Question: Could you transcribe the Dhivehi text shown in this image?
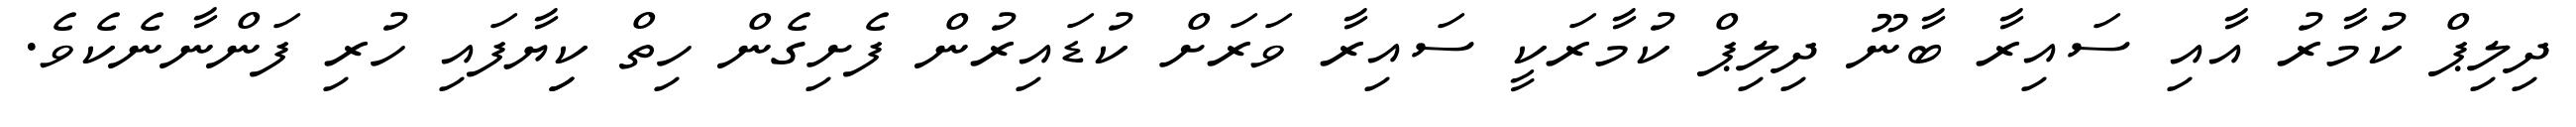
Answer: ދިލިޕް ކުމާރު އާއި ސައިރާ ބާނޫ ދިލިޕް ކުމާރަކީ ސައިރާ ވަރަށް ކުޑައިރުން ފެށިގެން ހިތް ކިިޔާފައި ހުރި ފަންނާނެކެވެ.